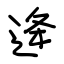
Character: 逄